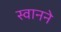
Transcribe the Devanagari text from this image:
स्वानने